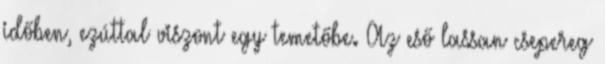
időben, ezúttal viszont egy temetőbe. Az eső lassan csepereg